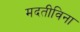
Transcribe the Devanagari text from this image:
मदतीविना